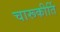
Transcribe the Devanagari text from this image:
चारूकीर्ति